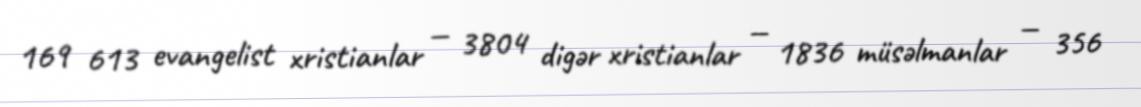
169 613 evangelist xristianlar — 3804 digər xristianlar — 1836 müsəlmanlar — 356